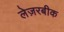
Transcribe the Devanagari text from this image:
लेज़रबीक